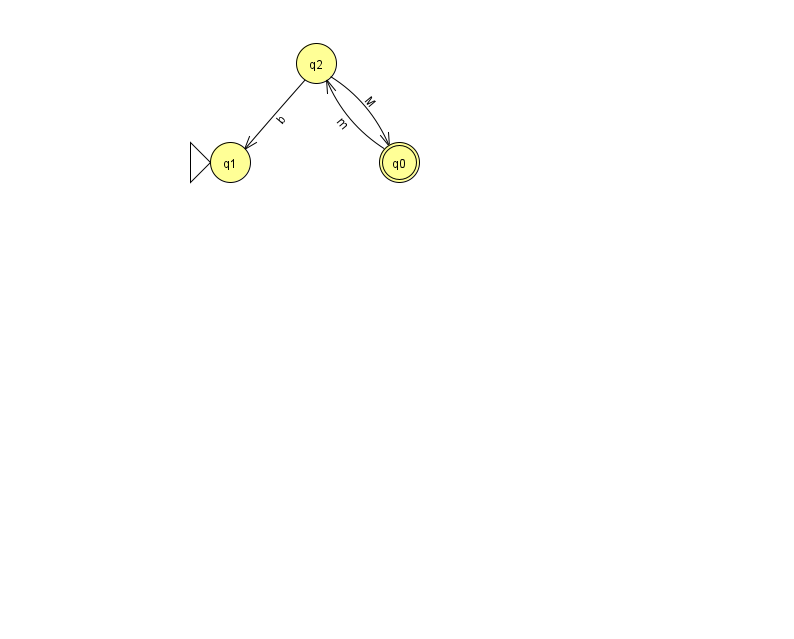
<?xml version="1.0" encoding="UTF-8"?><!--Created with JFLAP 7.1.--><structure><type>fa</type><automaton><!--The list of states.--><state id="0" name="q0"><x>399.0</x><y>149.0</y><final/></state><state id="1" name="q1"><x>230.0</x><y>149.0</y><initial/></state><state id="2" name="q2"><x>316.0</x><y>50.0</y></state><!--The list of transitions.--><transition><from>0</from><to>2</to><read>m</read></transition><transition><from>2</from><to>0</to><read>M</read></transition><transition><from>2</from><to>1</to><read>b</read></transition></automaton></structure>